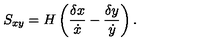
S _ { x y } = H \left( { \frac { \delta { x } } { \dot { x } } } - { \frac { \delta { y } } { \dot { y } } } \right) .